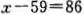
$$ x - 59 = 86 $$